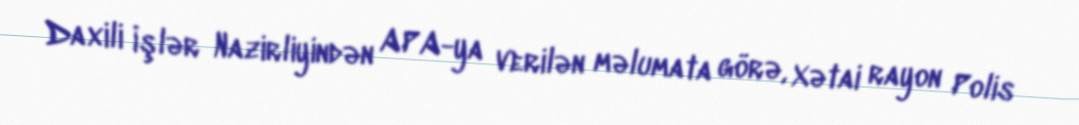
Daxili İşlər Nazirliyindən APA-ya verilən məlumata görə, Xətai rayon Polis